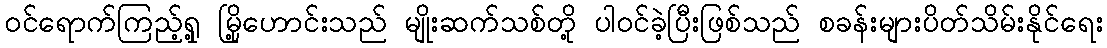
ဝင်ရောက်ကြည့်ရှု့ မြို့ဟောင်းသည် မျိုးဆက်သစ်တို့ ပါဝင်ခဲ့ပြီးဖြစ်သည် စခန်းများပိတ်သိမ်းနိုင်ရေး